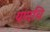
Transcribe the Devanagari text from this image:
यणचि